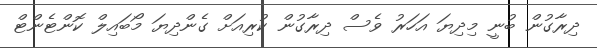
ދިރާގުން ބުނީ މިދިޔަ އަހަރު ވެސް ދިރާގުން ކުރިއަށް ގެންދިޔަ މޯބައިލް ކޮންޓެންޓް